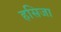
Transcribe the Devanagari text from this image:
हसिजा